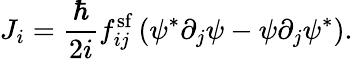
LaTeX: J_{i}=\frac{\hbar}{2i}f_{ij}^{\mathrm{sf}}\left(\psi^{*}\partial_{j}\psi-\psi\partial_{j}\psi^{*}\right).